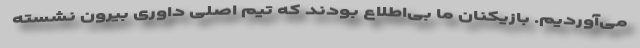
می‌آوردیم. بازیکنان ما بی‌اطلاع بودند که تیم اصلی داوری بیرون نشسته